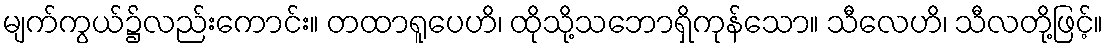
မျက်ကွယ်၌လည်းကောင်း။ တထာရူပေဟိ၊ ထိုသို့သဘောရှိကုန်သော။ သီလေဟိ၊ သီလတို့ဖြင့်။